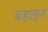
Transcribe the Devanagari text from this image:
बहलून